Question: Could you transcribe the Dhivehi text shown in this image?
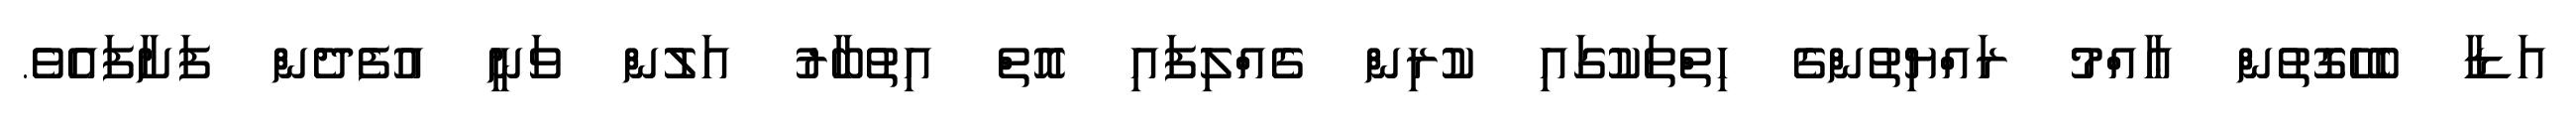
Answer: އަޑާ ބެހޭގޮތުން ޢާއްމު ރައްޔިތުންގެ ހިތްތަކުގައި ކުރިން ގެއްލިފައި އޮތް އިތުބާރު އަލުން ވަނީ އުފެދެން ފަށާފައެވެ.